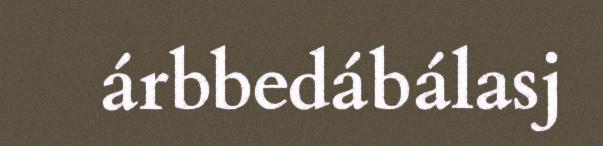
árbbedábálasj